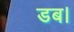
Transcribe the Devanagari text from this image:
डब।